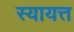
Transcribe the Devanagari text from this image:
स्यायत्त